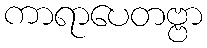
ကာရာပေတဗ္ဗာ